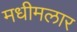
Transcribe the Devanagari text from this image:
मधीमलार